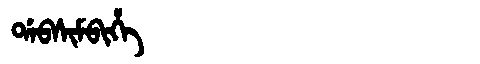
Manchu: ᡩᠠᠪᠰᡳᠮᠪᡳᡥᡝ
Romanization: DABSIMBIHE